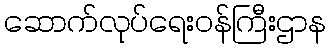
ဆောက်လုပ်ရေးဝန်ကြီးဌာန